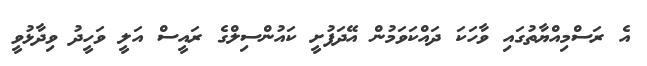
އެ ރަސްމިއްޔާތުގައި ވާހަކަ ދައްކަވަމުން އޭދަފުށީ ކައުންސިލްގެ ރައީސް އަލީ ވަހީދު ވިދާޅުވީ